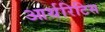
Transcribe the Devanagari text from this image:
आर्थरिटिस